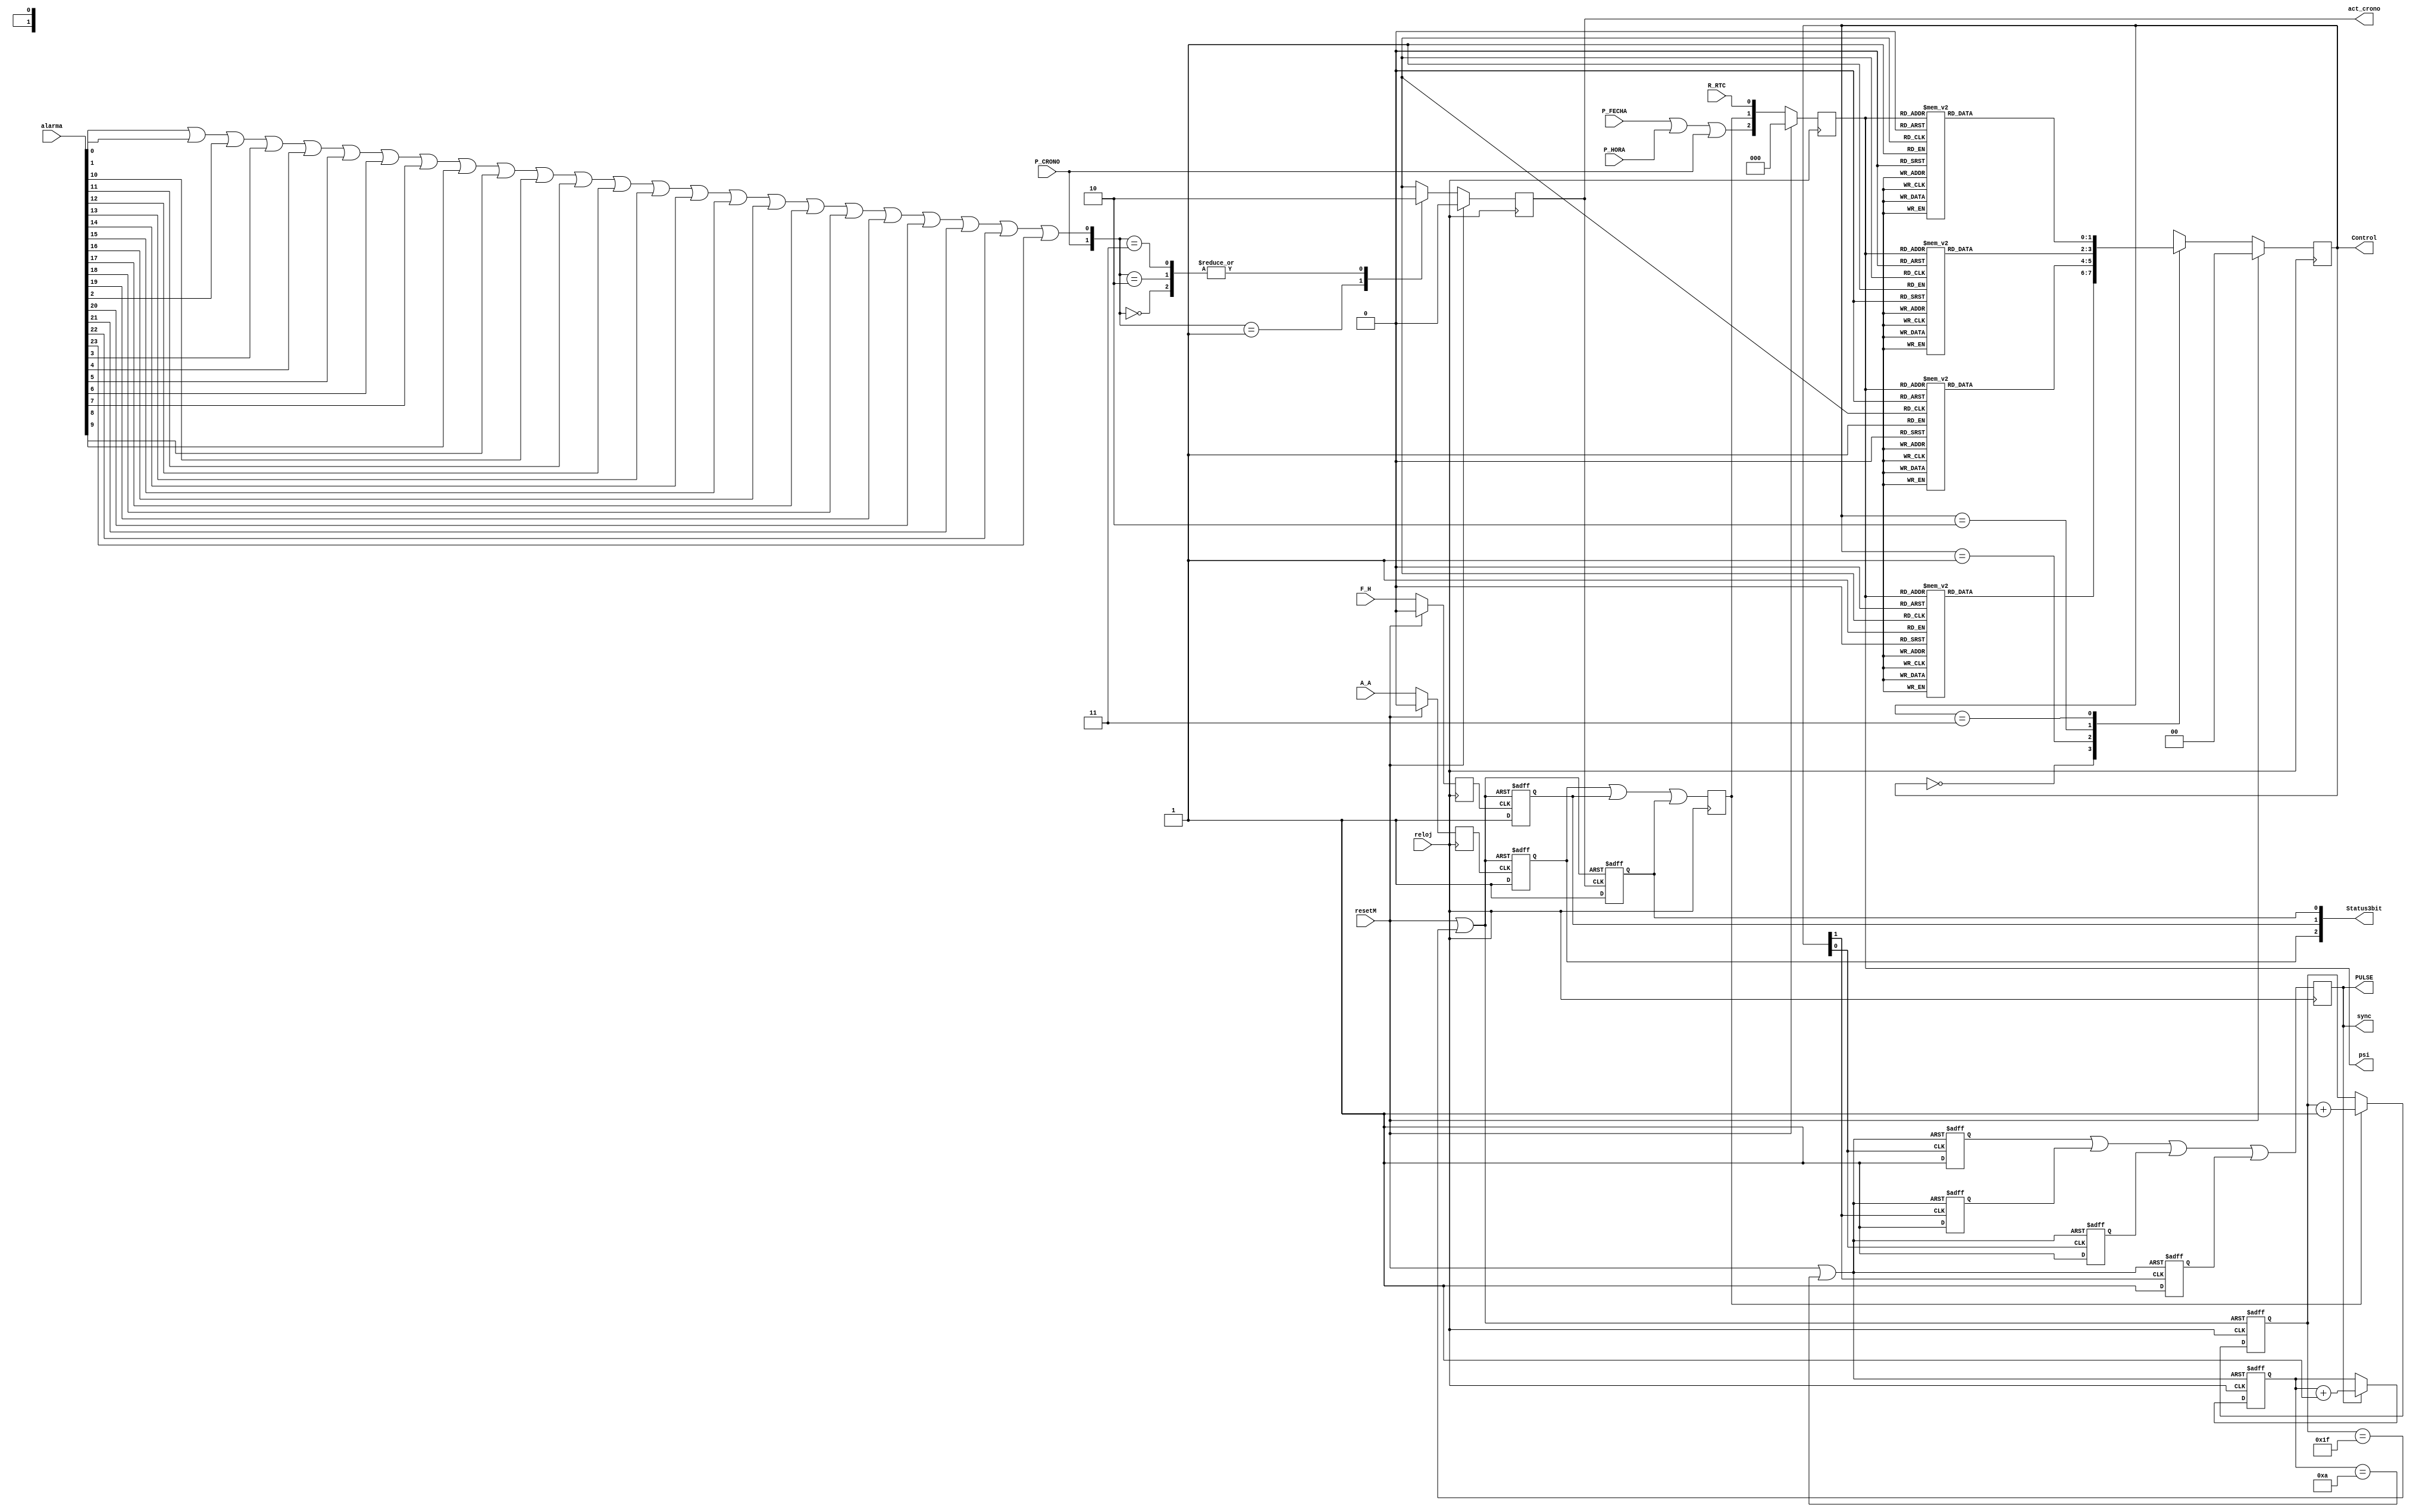
`timescale 1ns / 1ps
//////////////////////////////////////////////////////////////////////////////////
// Company: Grupo4
// Module Name: Maq_Control_General
//////////////////////////////////////////////////////////////////////////////////



module Maq_Control_General(
    output wire PULSE,
    output wire [2:0] psi,
    // Ruta Control General
    input reloj,
    input resetM,
    input wire P_FECHA,
    input wire P_HORA,
    input wire P_CRONO,
    input wire A_A,
    input wire [23:0] alarma,

    input wire F_H,
    input wire R_RTC,
    output wire [1:0] Control,
    output wire act_crono,
    
    // Inter-modular
    output wire [2:0] Status3bit,
    output wire sync
    );
    
    
    
    //---INICIALIZACION/DEFINICION DE VARIABLES PARA LA MAQUINA---
    // Variables para Status
    wire OR_alarma = alarma[0] | alarma[1] | alarma[2] | alarma[3]  | alarma[4] | alarma[5] | alarma[6] | alarma[7] | alarma[8] | alarma[9] | alarma[10] | alarma[11] | alarma[12] | alarma[13] | alarma[14] | alarma[15] | alarma[16] | alarma[17] | alarma[18]| alarma[19]| alarma[20]| alarma[21]| alarma[22]| alarma[23];       
    wire [1:0] alarmax = {P_CRONO,OR_alarma};
    reg A_Aaux;
    reg A_Areg = 1'b0;
    reg F_Haux ;
    reg F_Hreg = 1'b0;
    reg act_cronoaux;
    reg act_cronoreg = 1'b0;
    assign act_crono = act_cronoaux;
    
    parameter ANCHO_PULSO = 31;
    reg [4:0] cont_status = 5'b00000; 
    wire reset_status = (resetM | cont_status == ANCHO_PULSO);
    reg pulse_status = 1'b0;
    
   
    // Logica para Status
    always @(posedge reloj)
    begin
        if (resetM)
            A_Aaux <= 1'b0;
        else
            A_Aaux <= A_A;
    end
    
    always @(posedge reloj)
    begin
        if (resetM)
            F_Haux <= 1'b0;
        else
            F_Haux <= F_H;
    end
    
    always @(posedge reloj)
    begin
        if (resetM)
            act_cronoaux <= 1'b0;
        else 
        begin
            case (alarmax)
                 2'b00: 
                 act_cronoaux <= 1'b0;
                 2'b01: 
                 act_cronoaux <= 1'b1;
                 2'b10: 
                 act_cronoaux <= 1'b0;
                 2'b11: 
                 act_cronoaux <= 1'b0;
            endcase
        end
    end      
    
    always @(posedge A_Aaux, posedge reset_status)
    begin
        if (reset_status)
            A_Areg <= 1'b0;
        else
            A_Areg <= 1'b1;
    end

    always @(posedge F_Haux, posedge reset_status)
    begin
        if (reset_status)
            F_Hreg <= 1'b0;
        else
            F_Hreg <= 1'b1;
    end

    always @(posedge act_cronoaux, posedge reset_status)
    begin
        if (reset_status)
            act_cronoreg <= 1'b0;
        else
            act_cronoreg <= 1'b1;
    end
    
    always @(posedge reloj)
    begin
        pulse_status <= A_Areg | F_Hreg | act_cronoreg;
    end 
    
    always @ (posedge reloj, posedge reset_status) 
    begin
                 if(reset_status) 
                    cont_status <= 5'b00000;
                 else
                    if(pulse_status)
                        cont_status <= cont_status + 5'b00001;
    end
        
   // Defs para la entrada de la maquina
    wire Progra = (P_FECHA | P_HORA | P_CRONO);   
    //wire Status = pulse_status;             
    wire Iniciar = R_RTC;
    assign Status3bit = {A_Areg, F_Hreg, act_cronoreg};     
    
    // Def. de entrada directa de la maquina de estados de control general    
    reg [2:0] PSI;                                                                        
    always @(posedge reloj) 
    begin
        if (resetM)
            PSI <= 3'b000;
        else 
          //  PSI <= {Progra,Status,Iniciar};
          PSI <= {Progra,pulse_status,Iniciar};

    end
    assign psi = PSI;
        
    // Enable de sincronizacion
    reg pulse = 1'b0;
    assign sync = pulse;
    parameter PULSE_WIDTH = 10;
    reg [4:0] count = 5'b00000;
    reg pulse1 = 1'b0;
    reg pulse2 = 1'b0;
    reg pulse3 = 1'b0;
    reg pulse4 = 1'b0;
    wire count_rst = resetM | (count == PULSE_WIDTH);
    
    
    //---MAQUINA DE ESTADOS CONTROL GENERAL---
       parameter I = 2'b00;
       parameter L = 2'b01;
       parameter E = 2'b10;
       parameter M_S = 2'b11;
    
       reg [1:0] Controlreg = I;
       assign Control = Controlreg;
    
       always @(posedge reloj)
       begin
          if (resetM) 
          begin
             Controlreg <= I;
          end
          else
             begin   
             case (Controlreg)
                I: 
                begin
                 case(PSI)           
                   3'b000: Controlreg <= L;
                   3'b001: Controlreg <= I;
                   3'b010: Controlreg <= M_S;
                   3'b011: Controlreg <= I;
                   3'b100: Controlreg <= E;
                   3'b101: Controlreg <= I;
                   3'b110: Controlreg <= M_S;
                   3'b111: Controlreg <= I;
                   endcase
                end
                
                L: 
                begin
                 case(PSI)           
                 3'b000: Controlreg <= L;
                 3'b001: Controlreg <= I;
                 3'b010: Controlreg <= M_S;
                 3'b011: Controlreg <= I;
                 3'b100: Controlreg <= E;
                 3'b101: Controlreg <= I;
                 3'b110: Controlreg <= M_S;
                 3'b111: Controlreg <= I;
                   endcase
                end
                
                E:
                begin
                 case(PSI)           
                 3'b000: Controlreg <= L;
                 3'b001: Controlreg <= I;
                 3'b010: Controlreg <= M_S;
                 3'b011: Controlreg <= I;
                 3'b100: Controlreg <= E;
                 3'b101: Controlreg <= I;
                 3'b110: Controlreg <= M_S;
                 3'b111: Controlreg <= I;
                   endcase
                end
                
                M_S:
                begin
                 case(PSI)           
                 3'b000: Controlreg <= L;
                 3'b001: Controlreg <= I;
                 3'b010: Controlreg <= M_S;
                 3'b011: Controlreg <= I;
                 3'b100: Controlreg <= E;
                 3'b101: Controlreg <= I;
                 3'b110: Controlreg <= M_S;
                 3'b111: Controlreg <= I;
                   endcase
                end
                
                default :  // Fault Recovery
                begin 
                   Controlreg <= L;
                end
             endcase
             end
    end
    
    
    
    //---ENABLE DE SINCRONIZACION---
    /* Copyright (c) 2015, William Breathitt Gray
     *
     * Redistribution and use in source and binary forms, with or without
     * modification, are permitted provided that the following conditions
     * are met:
     *
     * 1. Redistributions of source code must retain the above copyright
     *    notice, this list of conditions and the following disclaimer.
     * 
     * 2. Redistributions in binary form must reproduce the above copyright
     *    notice, this list of conditions and the following disclaimer in
     *    the documentation and/or other materials provided with the
     *    distribution.
     *
     * THIS SOFTWARE IS PROVIDED BY THE COPYRIGHT HOLDERS AND CONTRIBUTORS
     * "AS IS" AND ANY EXPRESS OR IMPLIED WARRANTIES, INCLUDING, BUT NOT
     * LIMITED TO, THE IMPLIED WARRANTIES OF MERCHANTABILITY AND FITNESS
     * FOR A PARTICULAR PURPOSE ARE DISCLAIMED. IN NO EVENT SHALL THE
     * COPYRIGHT HOLDER OR CONTRIBUTORS BE LIABLE FOR ANY DIRECT, INDIRECT,
     * INCIDENTAL, SPECIAL, EXEMPLARY, OR CONSEQUENTIAL DAMAGES (INCLUDING,
     * BUT NOT LIMITED TO, PROCUREMENT OF SUBSTITUTE GOODS OR SERVICES; LOSS
     * OF USE, DATA, OR PROFITS; OR BUSINESS INTERRUPTION) HOWEVER CAUSED
     * AND ON ANY THEORY OF LIABILITY, WHETHER IN CONTRACT, STRICT
     * LIABILITY, OR TORT (INCLUDING NEGLIGENCE OR OTHERWISE) ARISING IN ANY
     * WAY OUT OF THE USE OF THIS SOFTWARE, EVEN IF ADVISED OF THE
     * POSSIBILITY OF SUCH DAMAGE.
     */
         always @ (posedge Control[0] , posedge count_rst) begin
             if (count_rst) begin
                     pulse1 <= 1'b0;
             end else begin
                     pulse1 <= 1'b1;
             end
     end
     always @ (posedge Control[1], posedge count_rst) begin
             if (count_rst) begin
                     pulse2 <= 1'b0;
             end else begin
                     pulse2 <= 1'b1;
             end
     end
     always @ (negedge Control[0], posedge count_rst) begin
             if (count_rst) begin
                     pulse3 <= 1'b0;
             end else begin
                     pulse3 <= 1'b1;
             end
     end
     always @ (negedge Control[1], posedge count_rst) begin
             if (count_rst) begin
                     pulse4 <= 1'b0;
             end else begin
                     pulse4 <= 1'b1;
             end
     end
     always@(posedge reloj)
     pulse <= pulse1 | pulse2 | pulse3 | pulse4;

     always @ (posedge reloj, posedge count_rst) begin
             if(count_rst) begin
                     count <= 0;
             end else begin
                     if(pulse) begin
                             count <= count + 1'b1;
                     end
             end
     end
    assign PULSE = pulse;
    endmodule